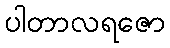
ပါတာလရဇော